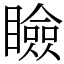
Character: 瞼